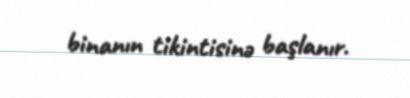
binanın tikintisinə başlanır.